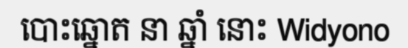
បោះឆ្នោត នា ឆ្នាំ នោះ Widyono